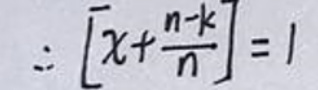
\[
\therefore \left[x + \frac{n - k}{n}\right] = 1
\]